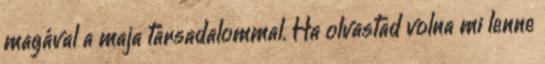
magával a maja társadalommal. Ha olvastad volna mi lenne